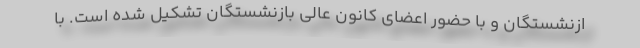
ازنشستگان و با حضور اعضای کانون عالی بازنشستگان تشکیل شده است. با